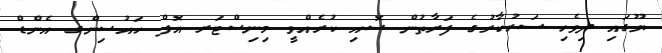
ޔޫގައި ދިވެހި ސަރުކާރުގެ ފަރާތުން ސޮއި ކުރެއްވީ މިނިސްޓަރ އޮފް ހައުސިންގ އެންޑް